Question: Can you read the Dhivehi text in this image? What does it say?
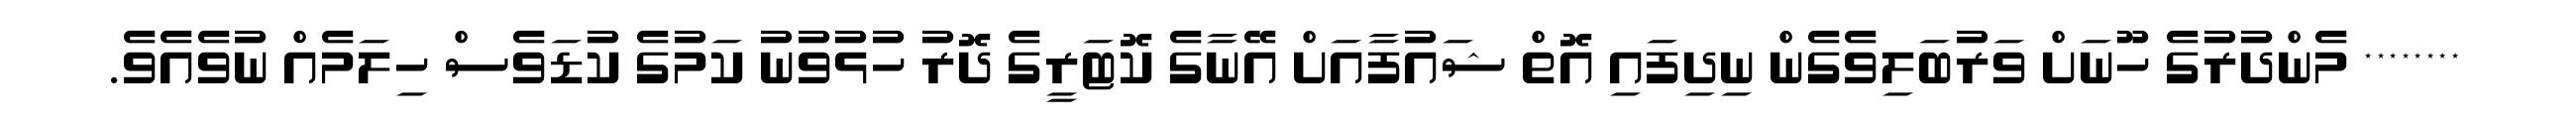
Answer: ******** މެންދުރުގެ ހޫނަށް ވަރުބަލިވެގެން ނިދިފައި އޮތް ޝައުފާއަށް އޭނާގެ ކޮޓަރީގެ ދޮރު ހުޅުވުނު ކަމުގެ ކުޑަވެސް ހިލަމެއް ނުވެއެވެ.